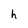
Character: h